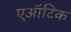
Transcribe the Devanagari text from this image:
एऑटिक